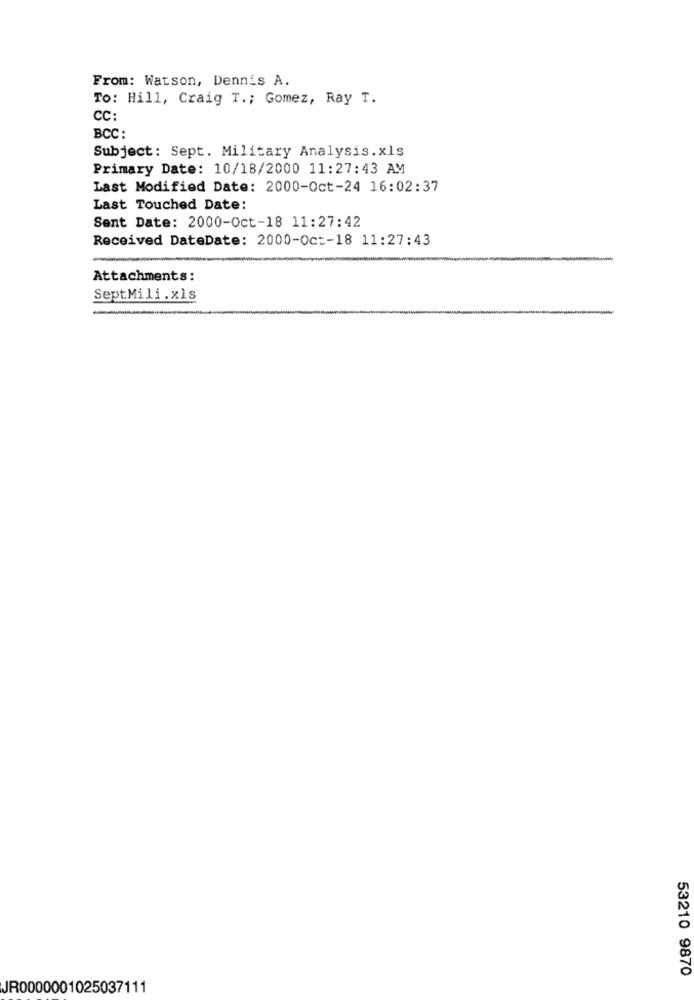
From: Watson, Dennis A.
To: Hill, Craig T .; Gomez, Ray T.
CC:
BCC:
Subject: Sept. Military Analysis.xls
Primary Date: 10/18/2000 11:27:43 AM
Last Modified Date: 2000-Oct-24 16:02:37
Last Touched Date:
Sent Date: 2000-Oct-18 11:27:42
Received DateDate: 2000-Oct-18 11:27:43
Attachments:
SeptMili.xls
-
53210 9870
JR0000001025037111